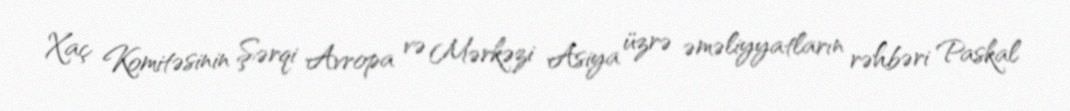
Xaç Komitəsinin Şərqi Avropa və Mərkəzi Asiya üzrə əməliyyatların rəhbəri Paskal